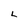
Character: L